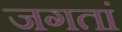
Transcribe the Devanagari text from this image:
जगतां